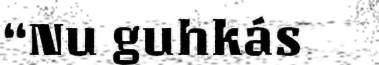
“Nu guhkás